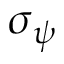
\sigma _ { \psi }